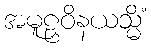
အမူဠှဝိနယသ္မိံ